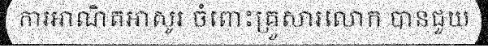
ការអាណិតអាសូរ ចំពោះគ្រួសារលោក បានជួយ